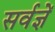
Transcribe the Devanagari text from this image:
सर्वज्ञें